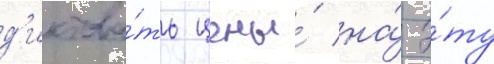
д'иктова́ть цены́ на́ э́ту